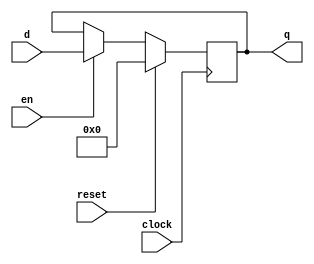
module Reg_16(clock,reset,d,q,en
    );

	input clock,reset,en;
	
	input [15:0] d;
	
	output reg [15:0] q;
	
	always@(posedge clock) begin
		if(reset)
			q <= 0;
		else if(en)
			q <= d;
		else
			q <= q;
	end
	
endmodule